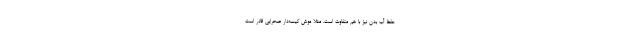
حفظ آب بدن نیز با هم متفاوت است. مثلاً موش کیسه‌دار صحرایی قادر است